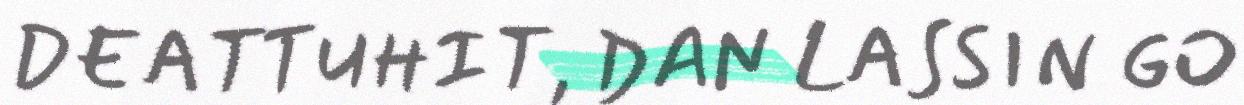
DEATTUHIT, DAN LASSIN GO